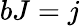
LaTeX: bJ=j